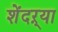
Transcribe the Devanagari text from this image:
शेंदऱ्या